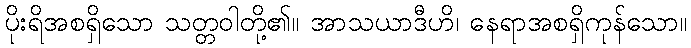
ပိုးရိအစရှိသော သတ္တဝါတို့၏။ အာသယာဒီဟိ၊ နေရာအစရှိကုန်သော။